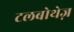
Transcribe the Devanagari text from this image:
टलबोथेज़